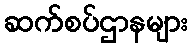
ဆက်စပ်ဌာနများ